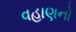
વહાણનો